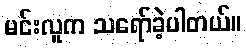
မင်းလူက သရော်ခဲ့ပါတယ်။